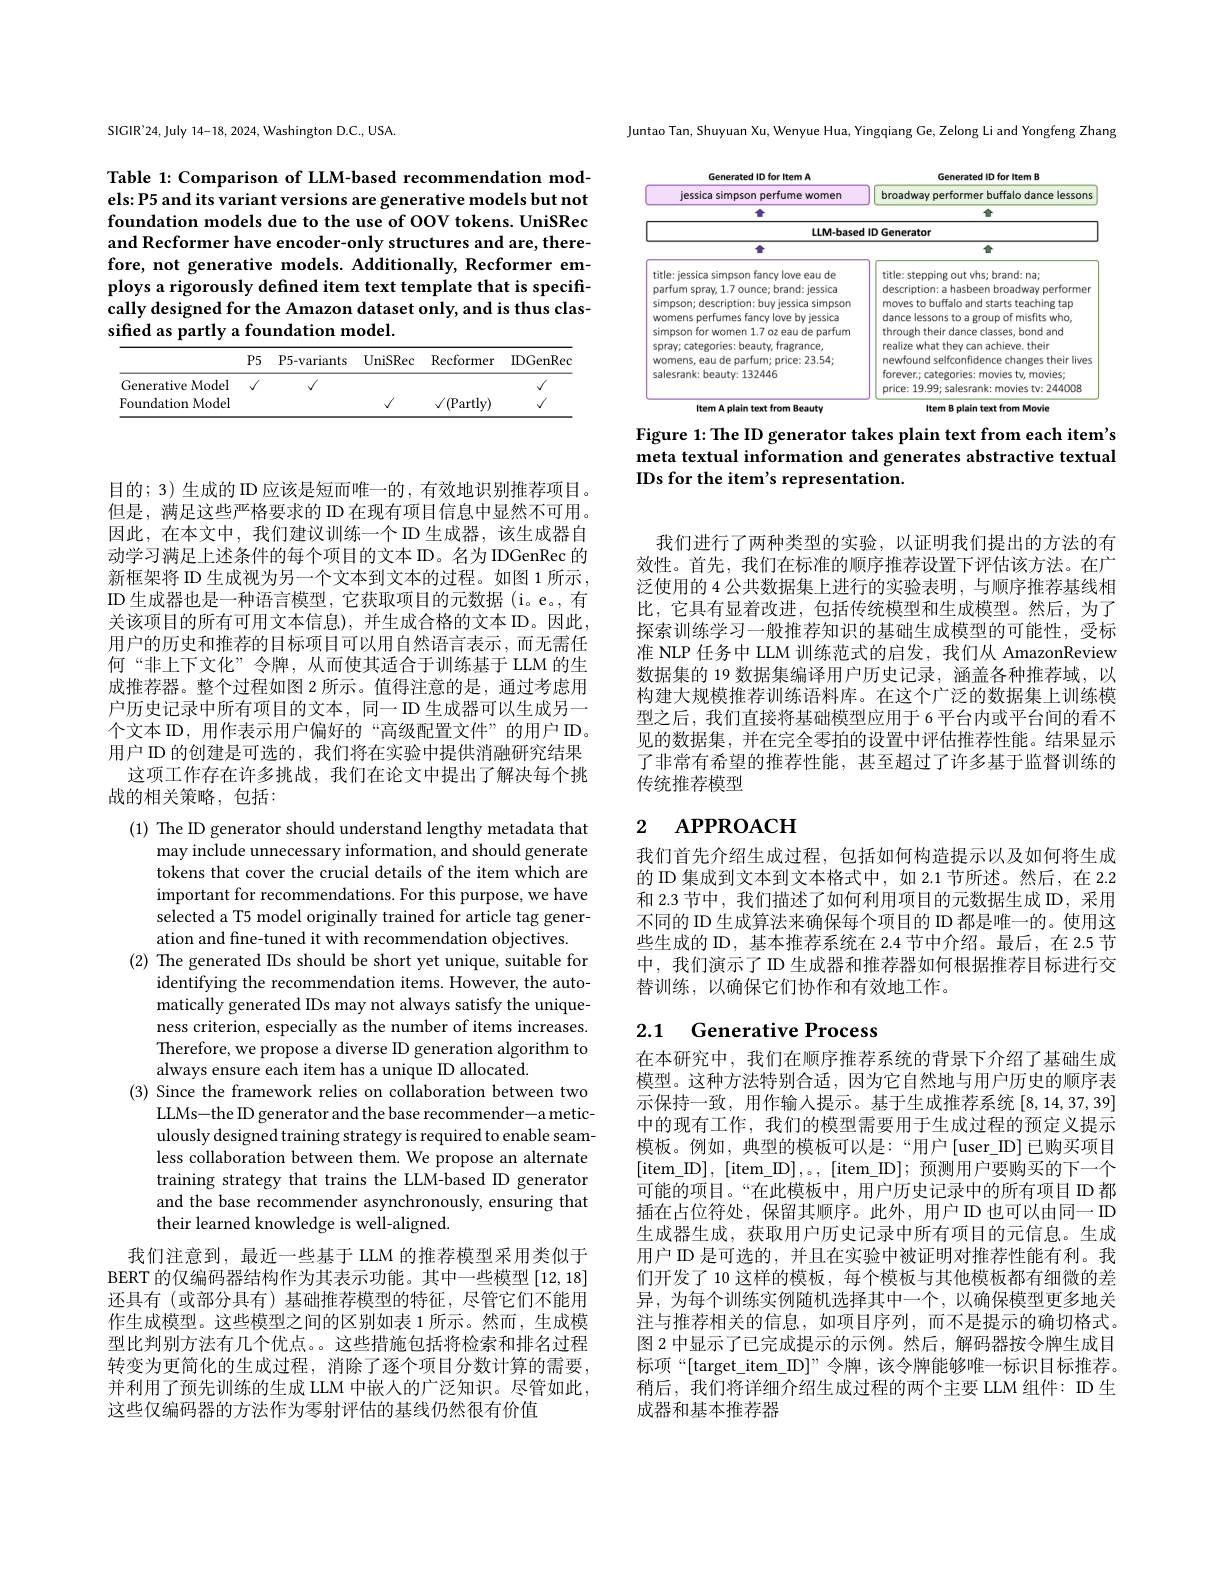
Juntao Tan, Shuyuan Xu, Wenyue Hua, Yingqiang Ge, Zelong Li and Yongfeng Zhang

<FigureHere>

Figure 1: The ID generator takes plain text from each item's

meta textual information and generates abstractive textual
IDs for the item's representation.

SIGIR'24, July 14-18, 2024, Washington D.C., USA.

Table 1: Comparison of LLM-based recommendation models: P5 and its variant versions are generative models but not foundation models due to the use of OOV tokens. UniSRec and Recformer have encoder-only structures and are, therefore, not generative models. Additionally, Recformer employs a rigorously defined item text template that is specifically designed for the Amazon dataset only, and is thus classified as partly a foundation model.

<table>
	<tbody>
		<tr>
			<th> </th>
			<th>$P5$</th>
			<th>P5-variants</th>
			<th>UniSRec</th>
			<th>Recformer</th>
			<th>IDGenRec</th>
		</tr>
		<tr>
			<td>Generative Model</td>
			<td>1</td>
			<td>$√$</td>
			<td> </td>
			<td> </td>
			<td>$√$</td>
		</tr>
		<tr>
			<td>Foundation Model</td>
			<td> </td>
			<td> </td>
			<td>$√$</td>
			<td>$(\mathrm{P}_{i}$ Partlv)</td>
			<td>$√$</td>
		</tr>
	</tbody>
</table>

目的；3) 生成的 ID 应该是短而唯一的，有效地识别推荐项目。但是，满足这些严格要求的 ID 在现有项目信息中显然不可用。因此，在本文中，我们建议训练一个 ID 生成器，该生成器自动学习满足上述条件的每个项目的文本 ID。名为 IDGenRec 的新框架将 ID 生成视为另一个文本到文本的过程。如图 1 所示， ID 生成器也是一种语言模型，它获取项目的元数据 (i。e。,有关该项目的所有可用文本信息),并生成合格的文本 ID。因此， 用户的历史和推荐的目标项目可以用自然语言表示，而无需任何“非上下文化”令牌，从而使其适合于训练基于 LLM 的生成推荐器。整个过程如图 2 所示。值得注意的是，通过考虑用户历史记录中所有项目的文本，同一 ID 生成器可以生成另一个文本 ID, 用作表示用户偏好的“高级配置文件”的用户 ID。用户 ID 的创建是可选的，我们将在实验中提供消融研究结果
这项工作存在许多挑战，我们在论文中提出了解决每个挑
战的相关策略，包括：

(1) The ID generator should understand lengthy metadata that
may include unnecessary information, and should generate tokens that cover the crucial details of the item which are important for recommendations. For this purpose, we have selected a T5 model originally trained for article tag generation and fine-tuned it with recommendation objectives.
(2) The generated IDs should be short yet unique, suitable for
identifying the recommendation items. However, the automatically generated IDs may not always satisfy the uniqueness criterion, especially as the number of items increases. Therefore, we propose a diverse ID generation algorithm to always ensure each item has a unique ID allocated.
(3) Since the framework relies on collaboration between two
LLMs-the ID generator and the base recommender-a meticulously designed training strategy is required to enable seamless collaboration between them. We propose an alternate training strategy that trains the LLM-based ID generator and the base recommender asynchronously, ensuring that their learned knowledge is well-aligned.
我们注意到，最近一些基于 LLM 的推荐模型采用类似于BERT 的仅编码器结构作为其表示功能。其中一些模型[12,18] 还具有 (或部分具有)基础推荐模型的特征，尽管它们不能用作生成模型。这些模型之间的区别如表 1 所示。然而，生成模型比判别方法有几个优点。。这些措施包括将检索和排名过程转变为更简化的生成过程，消除了逐个项目分数计算的需要，

并利用了预先训练的生成 LLM 中嵌人的广泛知识。尽管如此，
这些仅编码器的方法作为零射评估的基线仍然很有价值

我们进行了两种类型的实验，以证明我们提出的方法的有效性。首先，我们在标准的顺序推荐设置下评估该方法。在广泛使用的 4 公共数据集上进行的实验表明 , 与顺序推荐基线相比，它具有显着改进，包括传统模型和生成模型。然后，为了探索训练学习一般推荐知识的基础生成模型的可能性，受标准 NLP 任务中 LLM 训练范式的启发，我们从 AmazonReview 数据集的 19 数据集编译用户历史记录，涵盖各种推荐域，以构建大规模推荐训练语料库。在这个广泛的数据集上训练模型之后，我们直接将基础模型应用于 6 平台内或平台间的看不见的数据集，并在完全零拍的设置中评估推荐性能。结果显示了非常有希望的推荐性能，甚至超过了许多基于监督训练的传统推荐模型

## 2 APPROACH

我们首先介绍生成过程，包括如何构造提示以及如何将生成的 ID 集成到文本到文本格式中，如 2.1 节所述。然后，在 2.2和 2.3 节中，我们描述了如何利用项目的元数据生成 ID, 采用不同的 ID 生成算法来确保每个项目的 ID 都是唯一的。使用这些生成的 ID, 基本推荐系统在 2.4 节中介绍。最后，在 2.5 节中，我们演示了 ID 生成器和推荐器如何根据推荐目标进行交替训练，以确保它们协作和有效地工作。

## 2.1 Generative Process

在本研究中，我们在顺序推荐系统的背景下介绍了基础生成模型。这种方法特别合适，因为它自然地与用户历史的顺序表示保持一致，用作输入提示。基于生成推荐系统[8,14,37,39] 中的现有工作，我们的模型需要用于生成过程的预定义提示模板。例如，典型的模板可以是：“用户[user\_ID]已购买项目[item\_ID], [item\_ID],。, [item\_ID]; 预测用户要购买的下一个可能的项目。“在此模板中，用户历史记录中的所有项目 ID 都插在占位符处，保留其顺序。此外，用户ID 也可以由同一 ID 生成器生成，获取用户历史记录中所有项目的元信息。生成用户 ID 是可选的，并且在实验中被证明对推荐性能有利。我们开发了 10 这样的模板，每个模板与其他模板都有细微的差异，为每个训练实例随机选择其中一个，以确保模型更多地关注与推荐相关的信息，如项目序列，而不是提示的确切格式。图 2 中显示了已完成提示的示例。然后，解码器按令牌生成目标项“[target\_item\_ID]”令牌，该令牌能够唯一标识目标推荐。稍后，我们将详细介绍生成过程的两个主要 LLM 组件：ID 生成器和基本推荐器